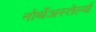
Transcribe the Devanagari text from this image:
नोर्थेअस्तेर्ल्य